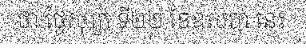
ថា ថ្ងៃសុក្រ ទី២២ ខែឧសភា នេះ